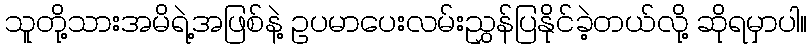
သူတို့သားအမိရဲ့အဖြစ်နဲ့ ဥပမာပေးလမ်းညွှန်ပြနိုင်ခဲ့တယ်လို့ ဆိုရမှာပါ။